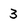
Character: 3